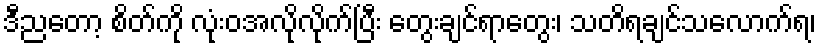
ဒီညတော့ စိတ်ကို လုံးဝအလိုလိုက်ပြီး တွေးချင်ရာတွေး၊ သတိရချင်သလောက်ရ၊